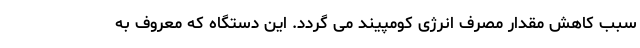
سبب کاهش مقدار مصرف انرژی کومپیند می گردد. این دستگاه که معروف به